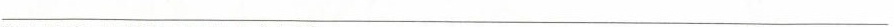
___